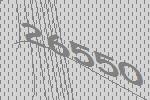
26550